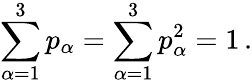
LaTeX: \sum_{\alpha=1}^{3}p_{\alpha}=\sum_{\alpha=1}^{3}p_{\alpha}^{2}=1\, .